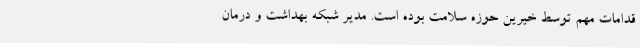
قدامات مهم توسط خیرین حوزه سلامت بوده است. مدیر شبکه بهداشت و درمان